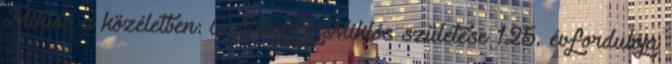
Miklós a közéletben: A Bánffy Miklós születése 125. évfordulója